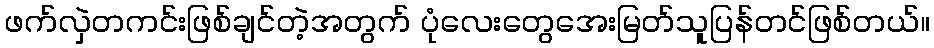
ဖက်လှဲတကင်းဖြစ်ချင်တဲ့အတွက် ပုံလေးတွေအေးမြတ်သူပြန်တင်ဖြစ်တယ်။